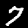
Label: 7